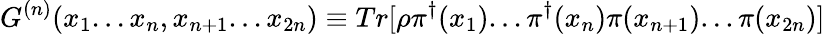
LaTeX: G^{(n)}(x_{1}...x_{n},x_{n+1}...x_{2n})\equiv Tr[\rho\pi^{\dagger}(x_{1})...\pi^{\dagger}(x_{n})\pi(x_{n+1})...\pi(x_{2n})]